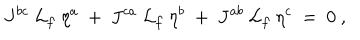
J ^ { b c } \ { \cal L } _ { f } \ \eta ^ { a } \ + \ J ^ { c a } \ { \cal L } _ { f } \ \eta ^ { b } \ + \ J ^ { a b } \ { \cal L } _ { f } \ \eta ^ { c } \ = \ 0 \ ,